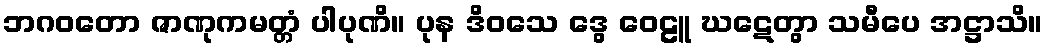
ဘဂဝတော ဇာဏုကမတ္တံ ပါပုဏိ။ ပုန ဒိဝသေ ဒွေ ဝေဠူ ဃဋေတွာ သမီပေ အဋ္ဌာသိ။